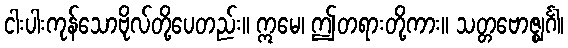
ငါးပါးကုန်သောဗိုလ်တို့ပေတည်း။ ဣမေ၊ ဤတရားတို့ကား။ သတ္တဗောဇ္ဈင်္ဂါ၊